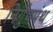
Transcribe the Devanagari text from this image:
निर्गुणपंथ